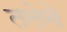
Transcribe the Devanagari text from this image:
तलेसे